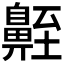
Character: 𪖣